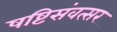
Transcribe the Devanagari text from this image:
षष्टिसंवत्सर